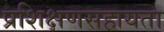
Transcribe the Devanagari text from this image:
प्रशिक्षणसहायता